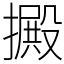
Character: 㩔